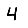
Digit: 4